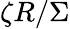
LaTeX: \zeta R/\Sigma